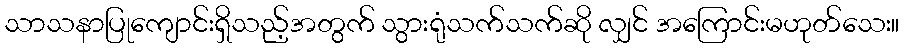
သာသနာပြုကျောင်းရှိသည့်အတွက် သွားရုံသက်သက်ဆို လျှင် အကြောင်းမဟုတ်သေး။